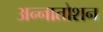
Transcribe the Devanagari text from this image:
अन्नातोशन